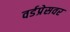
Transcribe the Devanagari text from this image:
वर्डप्रेसवर